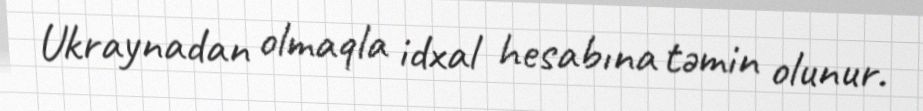
Ukraynadan olmaqla idxal hesabına təmin olunur.